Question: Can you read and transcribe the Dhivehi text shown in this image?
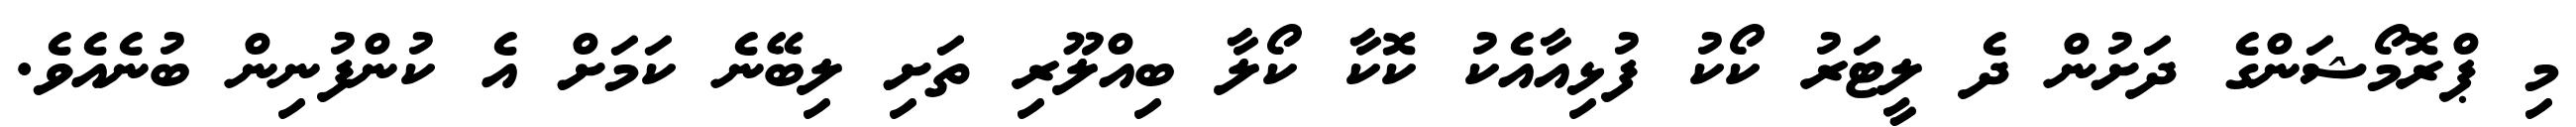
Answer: މި ޕްރޮމޯޝަންގެ ދަށުން ދެ ލީޓަރު ކޯކު ފުޅިއާއެކު ކޮކާ ކޯލާ ބިއްލޫރި ތަށި ލިބޭނެ ކަމަށް އެ ކުންފުނިން ބުނެއެވެ.